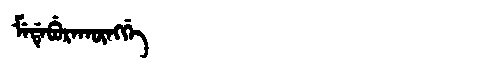
Manchu: ᠮᡝᡩᡝᠪᡠᡵᠠᡴᡡᠩᡤᡝ
Romanization: MEDEBURAKŪNGGE